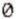
0